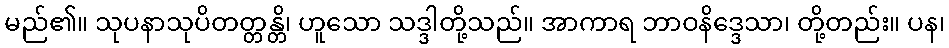
မည်၏။ သုပနာသုပိတတ္တန္တိ၊ ဟူသော သဒ္ဒါတို့သည်။ အာကာရ ဘာဝနိဒ္ဒေသာ၊ တို့တည်း။ ပန၊